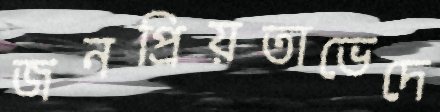
জনপ্রিয়তাভেদে